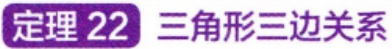
定理 22 三角形三边关系